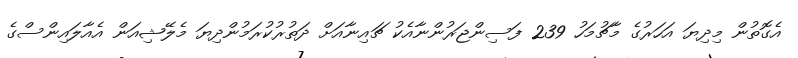
އެގޮތުން މިދިޔަ އަހަރުގެ މާޗުމަހު 239 ފަސިންޖަރުންނާއެކު ޗައިނާއަށް ދަތުރުކުރަމުންދިޔަ މެލޭޝިއަން އެއާލައިންސްގެ